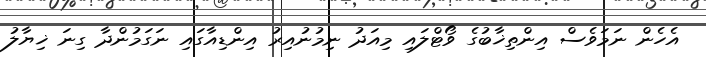
އެހެން ނަމަވެސް އިންތިޚާބުގެ ވޯޓްލައި މިއަދު ނިމުނުއިރު އިންޑިއާގައި ނަގަމުންދާ ގިނަ ޚިޔާލު